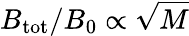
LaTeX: B_{\mathrm{tot}}/B_{0}\propto\sqrt{M}